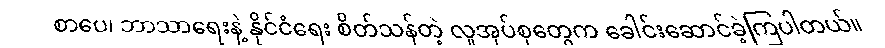
စာပေ၊ ဘာသာရေးနဲ့ နိုင်ငံရေး စိတ်သန်တဲ့ လူအုပ်စုတွေက ခေါင်းဆောင်ခဲ့ကြပါတယ်။